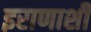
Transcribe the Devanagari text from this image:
इराणाशी